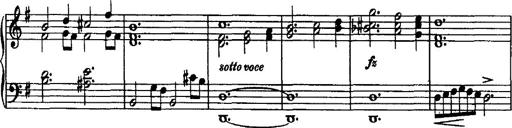
Title: Rondo di bravura
Composer: Franz Liszt